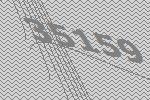
35159